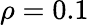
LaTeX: \rho=0.1